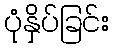
ပုံနှိပ်ခြင်း